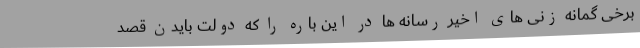
برخی گمانه زنی های اخیر رسانه ها در این باره را که دولت بایدن قصد